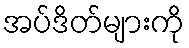
အပ်ဒိတ်များကို